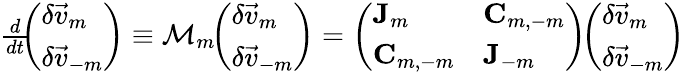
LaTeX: \begin{array}{r}{\frac{d}{dt}\! \! \left(\begin{array}{l}{\delta\vec{v}_{m}}\\ {\delta\vec{v}_{-m}}\end{array}\right)\equiv\mathcal{M}_{m}\! \! \left(\begin{array}{l}{\delta\vec{v}_{m}}\\ {\delta\vec{v}_{-m}}\end{array}\right)=\left(\begin{array}{ll}{\mathbf{J}_{m}}&{\mathbf{C}_{m,-m}}\\ {\mathbf{C}_{m,-m}}&{\mathbf{J}_{-m}}\end{array}\right)\! \! \left(\begin{array}{l}{\delta\vec{v}_{m}}\\ {\delta\vec{v}_{-m}}\end{array}\right)}\end{array}